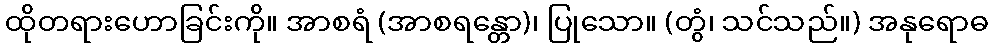
ထိုတရားဟောခြင်းကို။ အာစရံ (အာစရန္တော)၊ ပြုသော။ (တွံ၊ သင်သည်။) အနုရောဓ